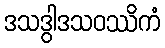
ဒသဒွါဒသဝဿိကံ